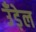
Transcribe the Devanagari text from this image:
उँड़ेल